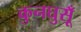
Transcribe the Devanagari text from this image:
कुनघुसूँ